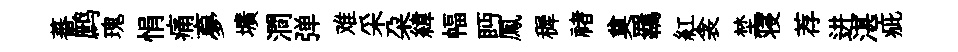
蕃鹧瑰悁痛夣壙澗弹难采朶緯幅眄鳳穉禇奠羈紅衾埜寝荐进湛疵